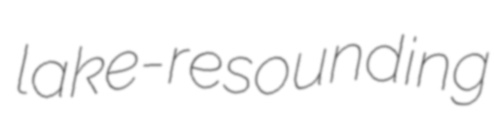
lake-resounding